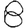
Digit: 8